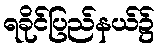
ရခိုင်ပြည်နယ်၌